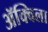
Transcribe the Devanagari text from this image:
ॲक्विला